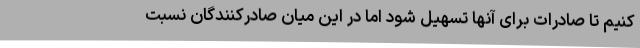
کنیم تا صادرات برای آنها تسهیل شود اما در این میان صادرکنندگان نسبت